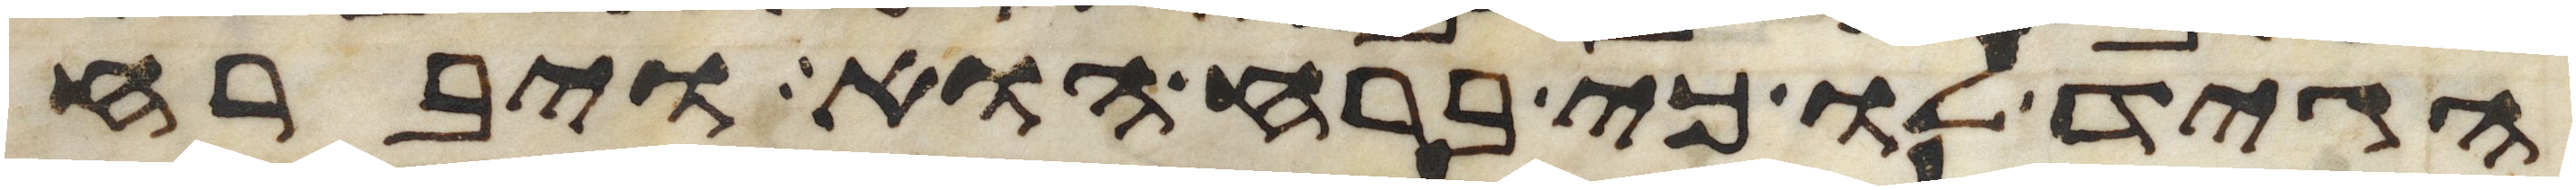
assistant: הגיד לו כי ברח הוא ויברח